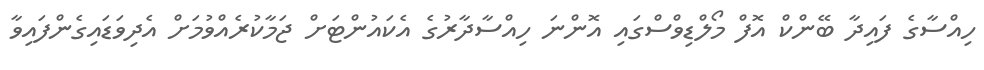
ހިއްސާގެ ފައިދާ ބޭންކް އޮފް މޯލްޑިވްސްގައި އޮންނަ ހިއްސާދާރުގެ އެކައުންޓަށް ޖަމާކުރެއްވުމަށް އެދިވަޑައިގެންފައިވާ